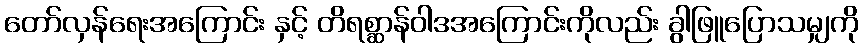
တော်လှန်ရေးအကြောင်း နှင့် တိရစ္ဆာန်ဝါဒအကြောင်းကိုလည်း ခွါဖြူပြောသမျှကို